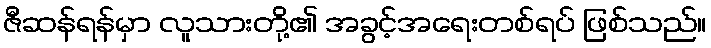
ဇီဆန်ရန်မှာ လူသားတို့၏ အခွင့်အရေးတစ်ရပ် ဖြစ်သည်။